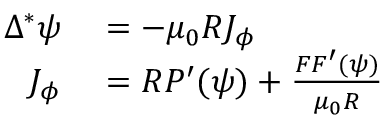
\begin{array} { r l } { \Delta ^ { * } \psi } & { { } = - \mu _ { 0 } R J _ { \phi } } \\ { J _ { \phi } } & { { } = R P ^ { \prime } ( \psi ) + \frac { F F ^ { \prime } ( \psi ) } { \mu _ { 0 } R } } \end{array}